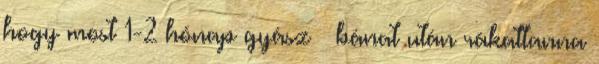
hogy most 1-2 hónap gyász bánat után rákattanna